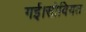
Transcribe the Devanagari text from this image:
गई।सोवियत